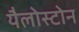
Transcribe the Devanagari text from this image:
यैलोस्टोन